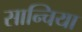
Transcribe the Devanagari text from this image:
सान्चिया